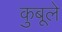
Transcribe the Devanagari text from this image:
कुबूले